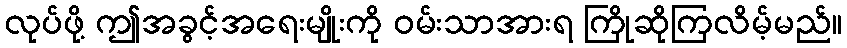
လုပ်ဖို့ ဤအခွင့်အရေးမျိုးကို ဝမ်းသာအားရ ကြိုဆိုကြလိမ့်မည်။